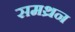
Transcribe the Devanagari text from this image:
समथ्रन